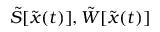
\tilde { S } [ \tilde { { \boldsymbol { x } } } ( t ) ] , \tilde { W } [ \tilde { { \boldsymbol { x } } } ( t ) ]